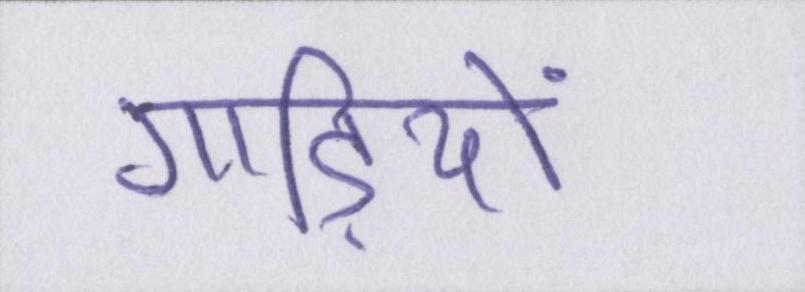
गाड़ियों